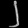
Digit: ၂